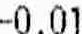
-0.01